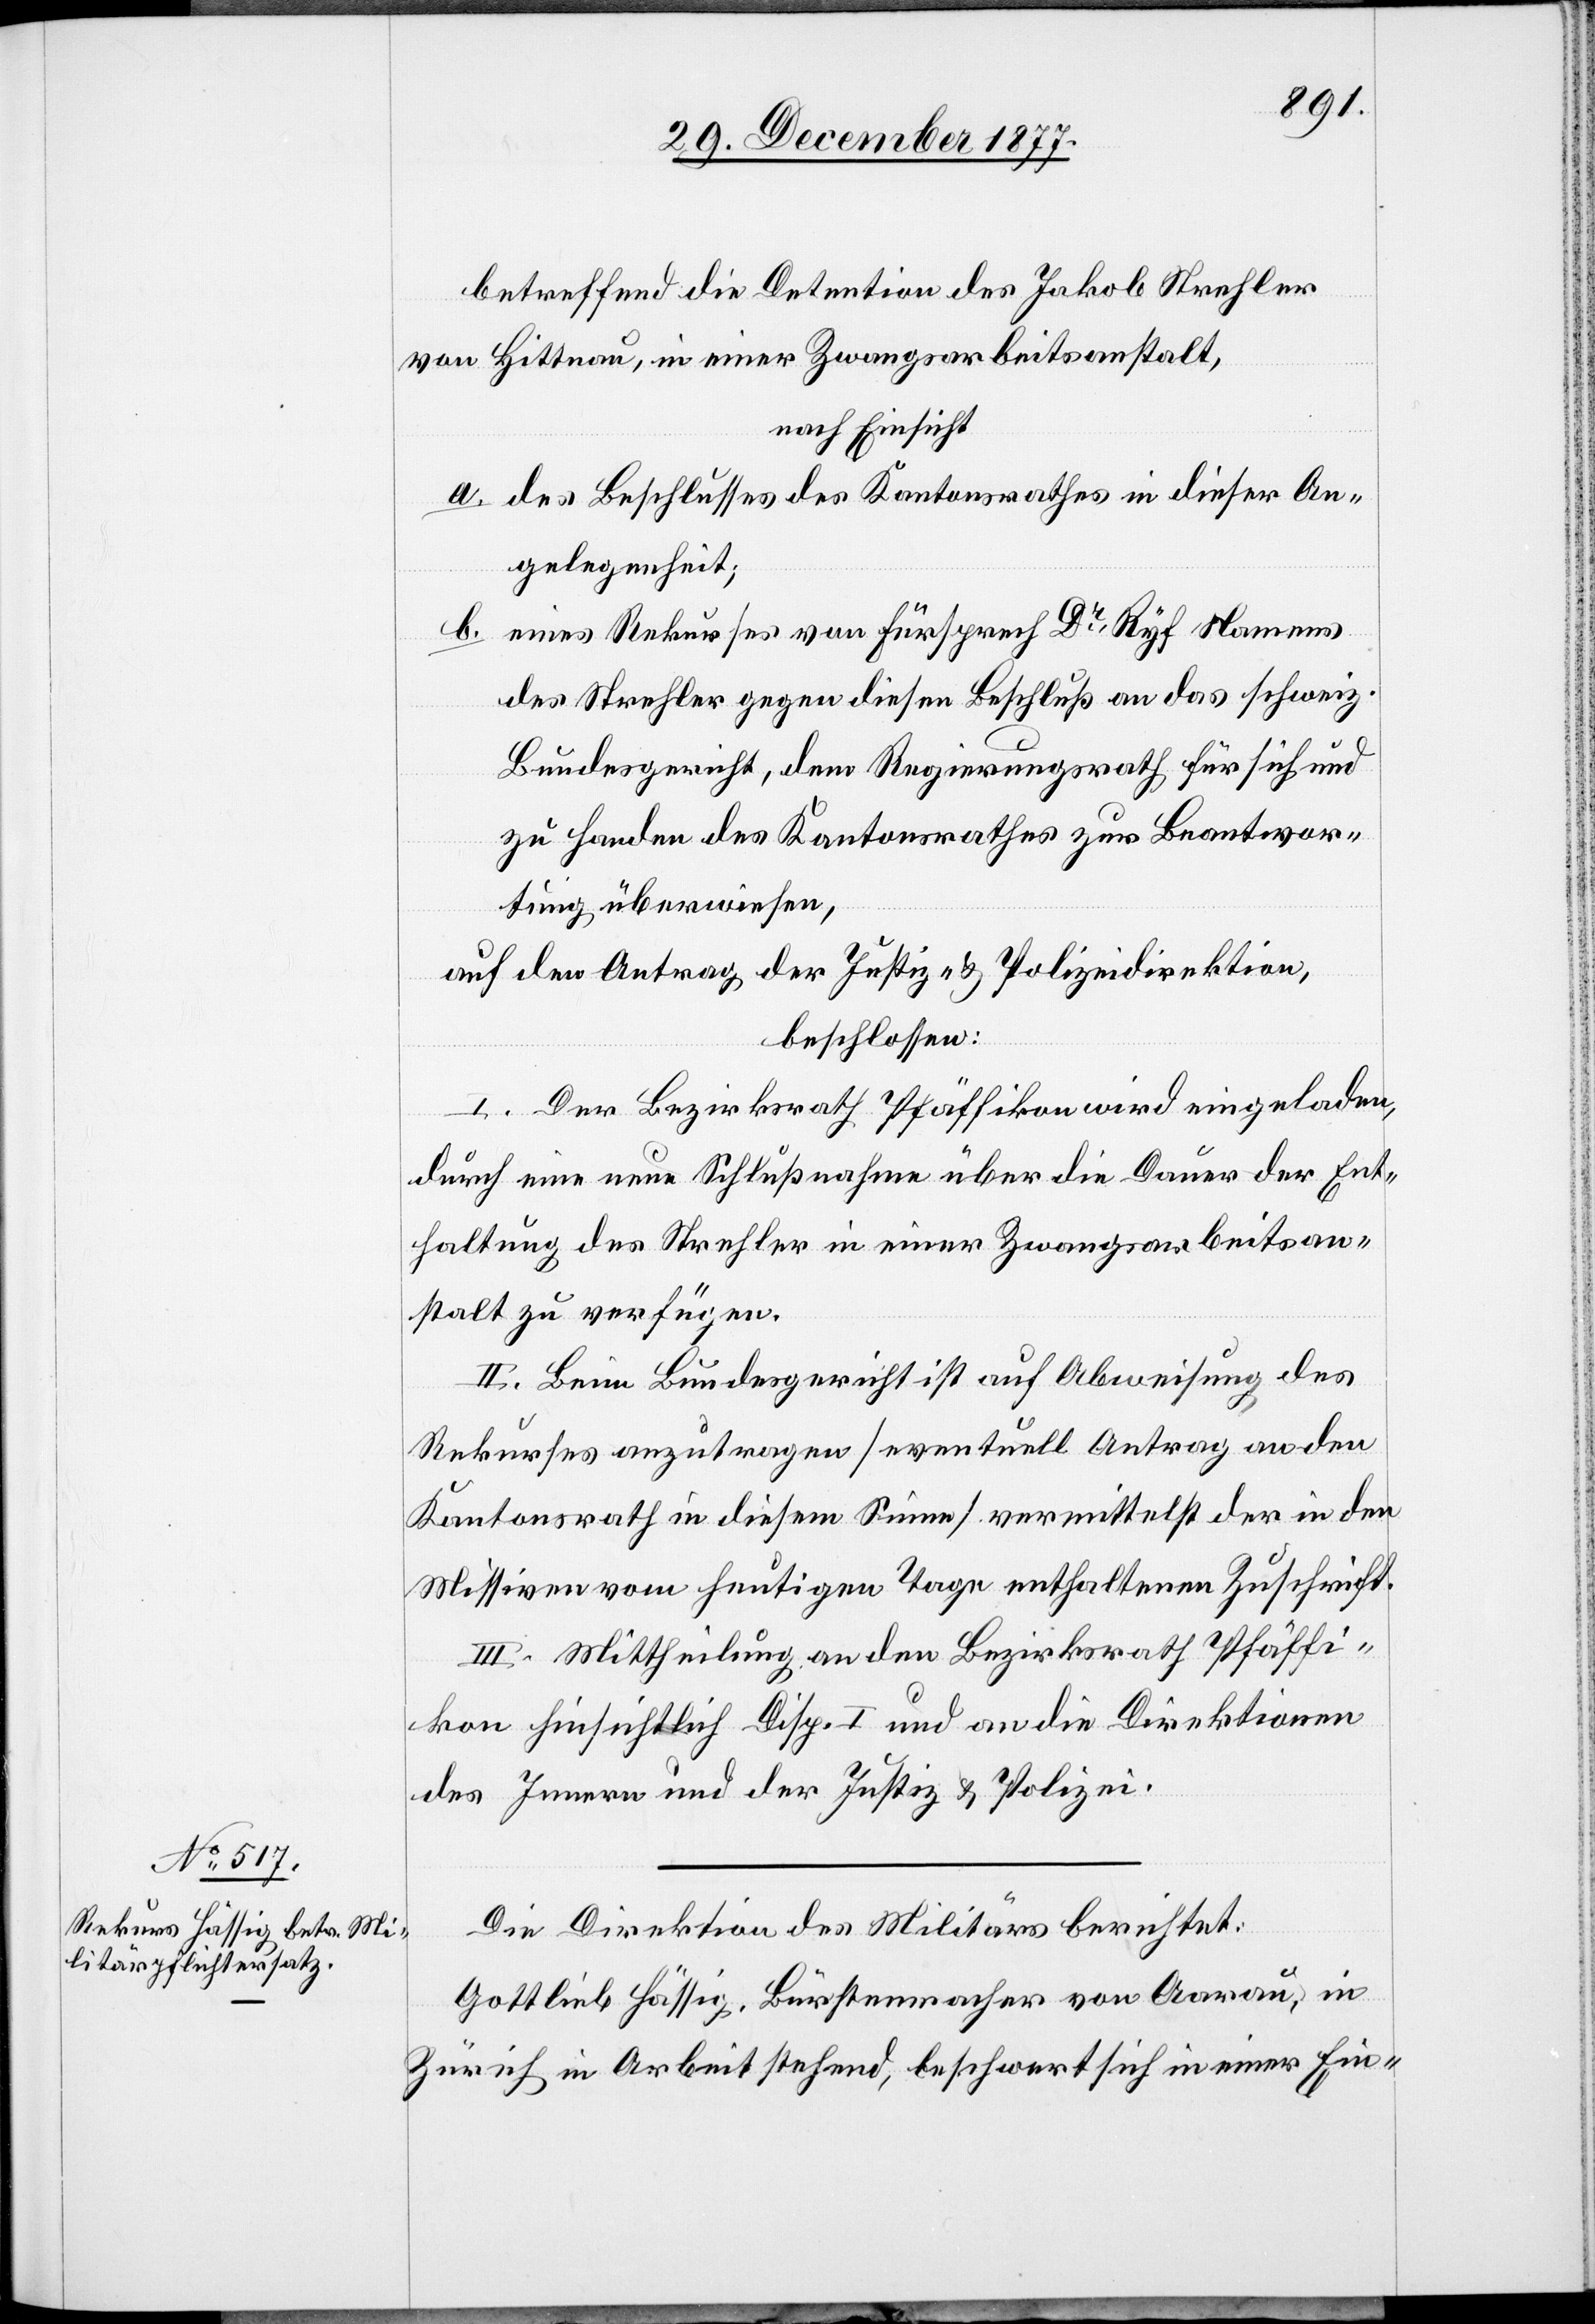
betreffend die Detention des Jakob Strehler
von Hittnau, in einer Zwangsarbeitsanstalt,
nach Einsicht:
des Beschlusses des Kantonsrathes in dieser An¬
gelegenheit;
eines Rekurses von Fürsprech Dr Ryf Namens
des Strehler gegen diesen Beschluß an das schweiz.
Bundesgericht, dem Regierungsrath für sich und
zu Handen des Kantonsrathes zur Beantwor¬
tung überwiesen.
auf den Antrag der Justiz- & Polizeidirektion,
beschlossen:
I. Der Bezirksrath Pfäffikon wird eingeladen,
durch eine neue Schlußnahme über die Dauer der Ent¬
haltung des Strehler in einer Zwangsarbeitsan¬
stalt zu verfügen.
II. Beim Bundesgericht ist auf Abweisung des
Rekurses anzutragen [eventuell Antrag an den
Kantonsrath in diesem Sinne] vermittelst der in den
Missiven vom heutigen Tage enthaltenen Zuschrift.
III. Mittheilung an den Bezirksrath Pfäffi¬
kon hinsichtlich Disp. I und an die Direktionen
des Innern und der Justiz & Polizei.
Die Direktion des Militärs berichtet:
Gottlieb Hässig, Bürstenmacher von Aarau, in
Zürich in Arbeit stehend, beschwert sich in einer Ein-